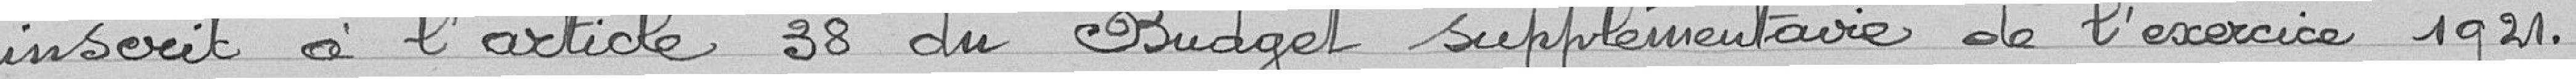
inscrit à l'article 38 du Budget supplémentaire de l'exercice 1921.